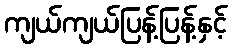
ကျယ်ကျယ်ပြန့်ပြန့်နှင့်